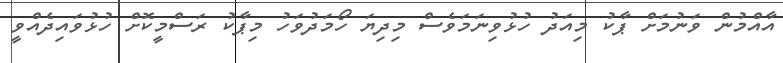
އާއްމުން ވަނުމަށް ޕާކު މިއަދު ހުޅުވިނަމަވެސް މިދިޔަ ހޯމަދުވަހު މިޕާކު ރަސްމީކޮށް ހުޅުވައިދެއްވީ